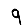
Digit: 9